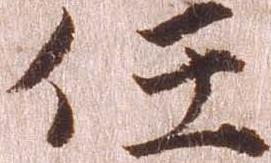
任